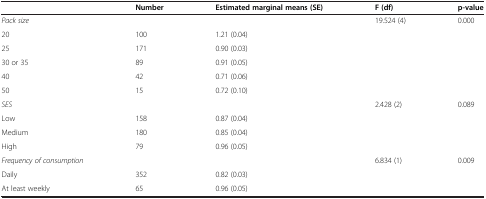
<table><thead><tr><td><b> </b></td><td><b>Number</b></td><td><b>Estimated marginal means (SE)</b></td><td><b>F (df)</b></td><td><b>p-value</b></td></tr></thead><tbody><tr><td><i>Pack size</i></td><td> </td><td> </td><td>19.524 (4)</td><td>0.000</td></tr><tr><td>20</td><td>100</td><td>1.21 (0.04)</td><td> </td><td> </td></tr><tr><td>25</td><td>171</td><td>0.90 (0.03)</td><td> </td><td> </td></tr><tr><td>30 or 35</td><td>89</td><td>0.91 (0.05)</td><td> </td><td> </td></tr><tr><td>40</td><td>42</td><td>0.71 (0.06)</td><td> </td><td> </td></tr><tr><td>50</td><td>15</td><td>0.72 (0.10)</td><td> </td><td> </td></tr><tr><td><i>SES</i></td><td> </td><td> </td><td>2.428 (2)</td><td>0.089</td></tr><tr><td>Low</td><td>158</td><td>0.87 (0.04)</td><td> </td><td> </td></tr><tr><td>Medium</td><td>180</td><td>0.85 (0.04)</td><td> </td><td> </td></tr><tr><td>High</td><td>79</td><td>0.96 (0.05)</td><td> </td><td> </td></tr><tr><td><i>Frequency of consumption</i></td><td> </td><td> </td><td>6.834 (1)</td><td>0.009</td></tr><tr><td>Daily</td><td>352</td><td>0.82 (0.03)</td><td> </td><td> </td></tr><tr><td>At least weekly</td><td>65</td><td>0.96 (0.05)</td><td> </td><td> </td></tr></tbody></table>